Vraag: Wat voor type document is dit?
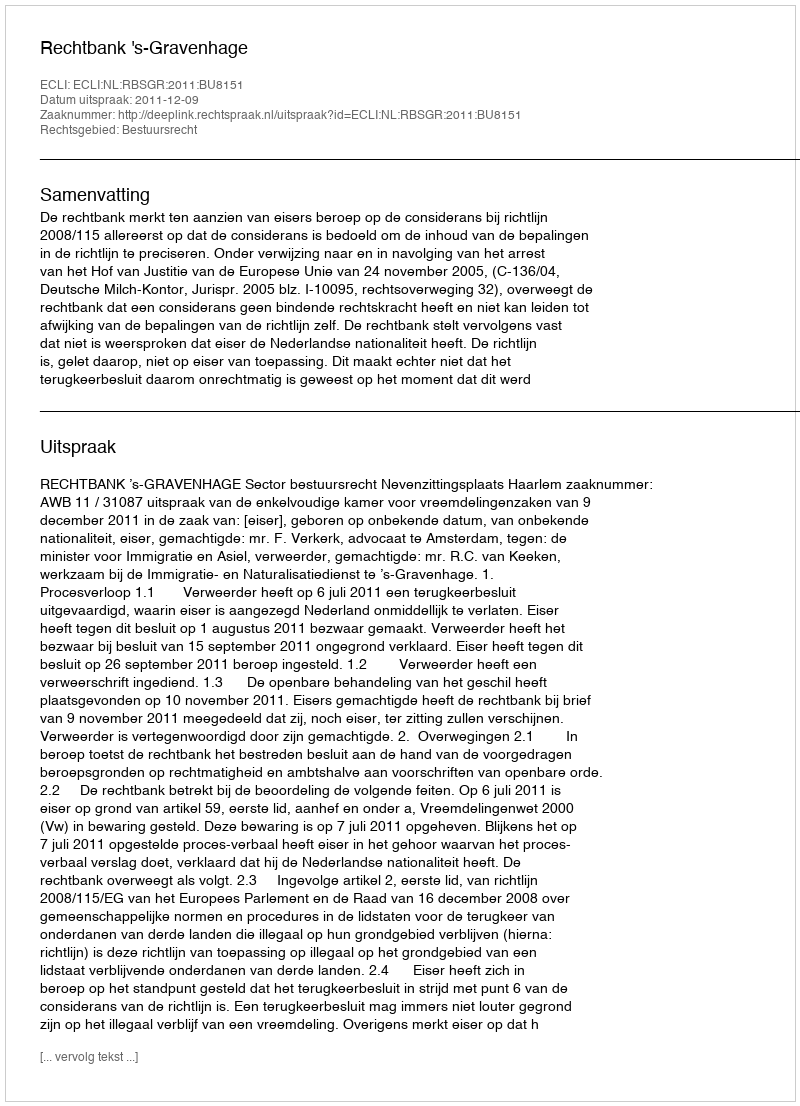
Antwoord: Uitspraak